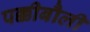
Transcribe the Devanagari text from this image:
पक्कीबौली